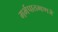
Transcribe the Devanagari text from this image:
गर्भपातम्हणजे